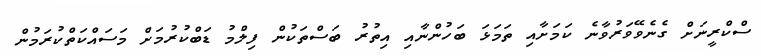
ސްކްރީނަށް ގެނެވޭވަރުވާނެ ކަމަށާއި ތަމަޅަ ބަހުންނާއި އިތުރު ބަސްތަކުން ފިލްމު ޑަބްކުރުމަށް މަސައްކަތްކުރަމުން